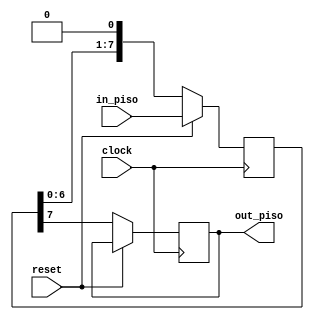
module piso(clock, reset, in_piso, out_piso);
  input clock, reset;
  input [7:0] in_piso;
  output reg out_piso;
  reg [7:0] temp;
  always @(posedge clock)
    begin
      if(reset == 1) begin
        temp <= in_piso;     //reset sets the temp back to input
      end
      else begin
        out_piso = temp[7];   //out_piso shows the MSB of temp variable        
        temp <= {temp[6:0], 1'd0};   //temp is left shifted by 1
      end
    end
endmodule